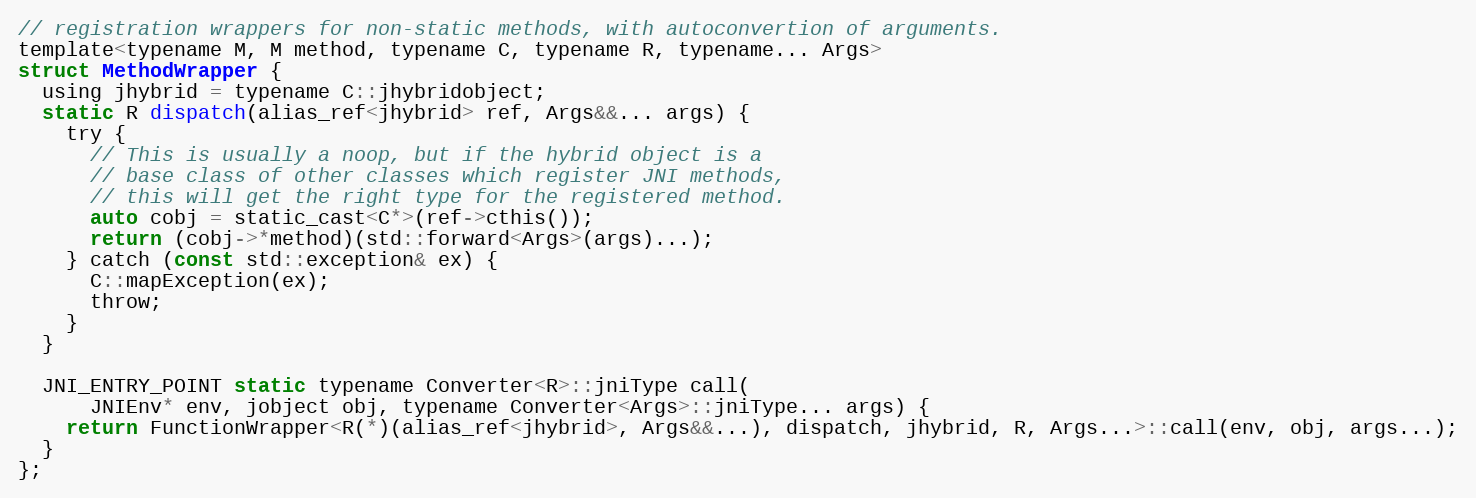
Language: C
// registration wrappers for non-static methods, with autoconvertion of arguments.
template<typename M, M method, typename C, typename R, typename... Args>
struct MethodWrapper {
  using jhybrid = typename C::jhybridobject;
  static R dispatch(alias_ref<jhybrid> ref, Args&&... args) {
    try {
      // This is usually a noop, but if the hybrid object is a
      // base class of other classes which register JNI methods,
      // this will get the right type for the registered method.
      auto cobj = static_cast<C*>(ref->cthis());
      return (cobj->*method)(std::forward<Args>(args)...);
    } catch (const std::exception& ex) {
      C::mapException(ex);
      throw;
    }
  }

  JNI_ENTRY_POINT static typename Converter<R>::jniType call(
      JNIEnv* env, jobject obj, typename Converter<Args>::jniType... args) {
    return FunctionWrapper<R(*)(alias_ref<jhybrid>, Args&&...), dispatch, jhybrid, R, Args...>::call(env, obj, args...);
  }
};